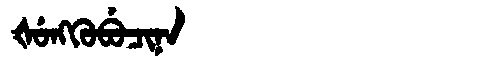
Manchu: ᡧᡠᠩᡴᡠᠪᡠᠴᡳᠨᠠ
Romanization: ŠUNGKUBUCINA